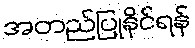
အတည်ပြုနိုင်ရန်